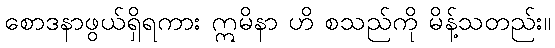
စောဒနာဖွယ်ရှိရကား ဣမိနာ ဟိ စသည်ကို မိန့်သတည်း။